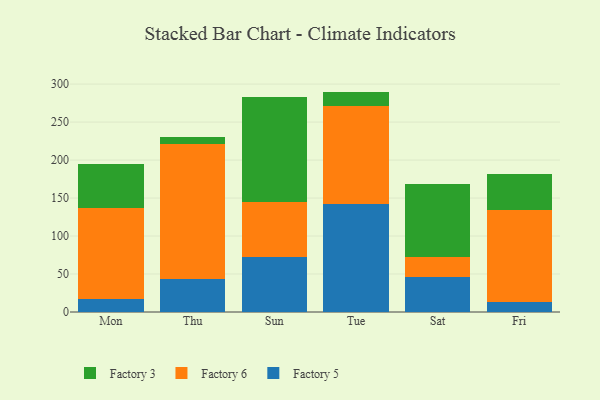
{"axis": {"x": "Day", "y": "Waste Production (Tons)"}, "legend": ["Factory 3", "Factory 5", "Factory 6"], "data": [{"x": "Mon", "y": 16.8, "type": "Factory 5"}, {"x": "Mon", "y": 119.5, "type": "Factory 6"}, {"x": "Mon", "y": 58.1, "type": "Factory 3"}, {"x": "Thu", "y": 43.7, "type": "Factory 5"}, {"x": "Thu", "y": 177.6, "type": "Factory 6"}, {"x": "Thu", "y": 9.6, "type": "Factory 3"}, {"x": "Sun", "y": 72.2, "type": "Factory 5"}, {"x": "Sun", "y": 72.0, "type": "Factory 6"}, {"x": "Sun", "y": 139.2, "type": "Factory 3"}, {"x": "Tue", "y": 142.5, "type": "Factory 5"}, {"x": "Tue", "y": 128.1, "type": "Factory 6"}, {"x": "Tue", "y": 19.5, "type": "Factory 3"}, {"x": "Sat", "y": 46.0, "type": "Factory 5"}, {"x": "Sat", "y": 26.3, "type": "Factory 6"}, {"x": "Sat", "y": 95.6, "type": "Factory 3"}, {"x": "Fri", "y": 13.8, "type": "Factory 5"}, {"x": "Fri", "y": 120.2, "type": "Factory 6"}, {"x": "Fri", "y": 48.1, "type": "Factory 3"}]}